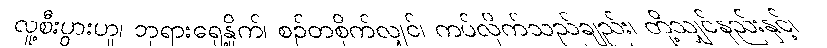
လူ့စီးပွားဟူ၊ ဘုရားရှေ့နှိုက်၊ စဉ်တစိုက်လျှင်၊ ကပ်လိုက်သည်ချည်း၊ တို့သျှင်နည်းနှင့်၊